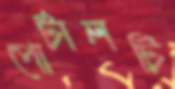
পোর্টালটি